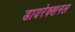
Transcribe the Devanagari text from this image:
डायरेक्शनल